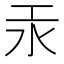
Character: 汞